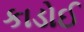
કાડોઈ